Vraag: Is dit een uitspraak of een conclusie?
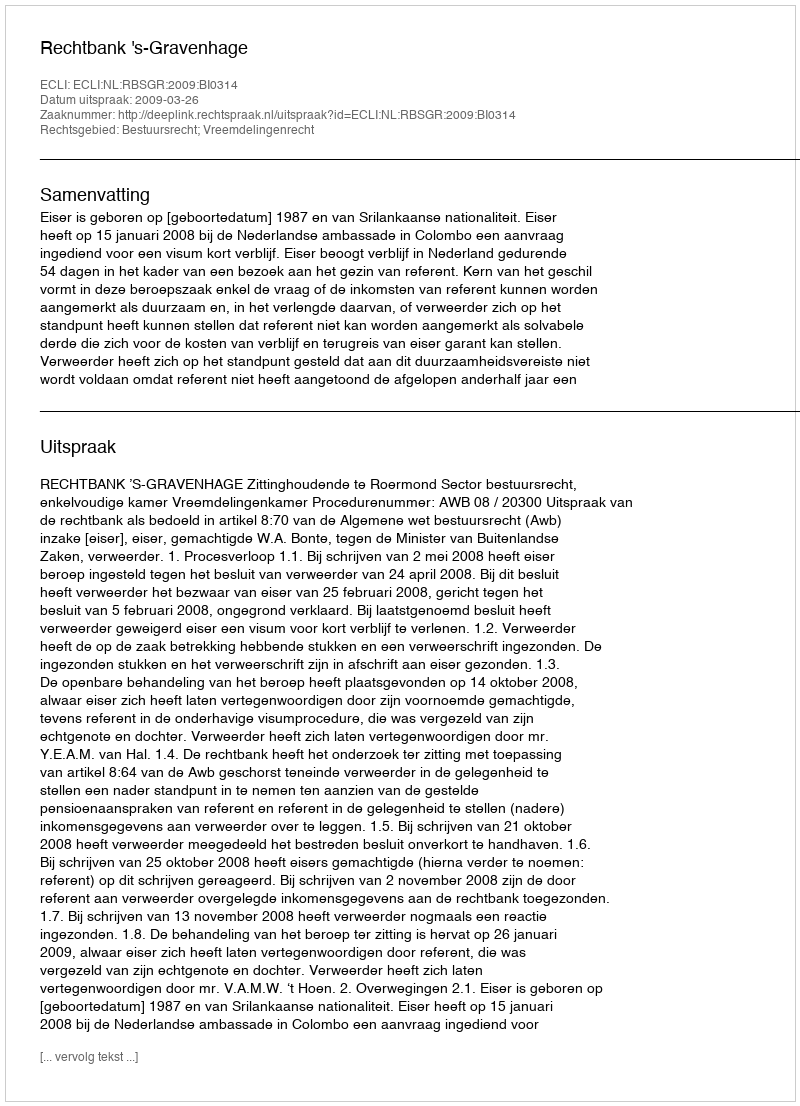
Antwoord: Uitspraak